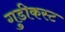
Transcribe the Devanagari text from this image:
गुडीकस्ट